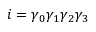
i = \gamma _ { 0 } \gamma _ { 1 } \gamma _ { 2 } \gamma _ { 3 }